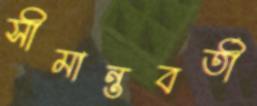
সীমান্তবর্তী